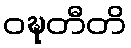
ဝဍ္ဎတီတိ